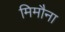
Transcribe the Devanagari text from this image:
मिमौना